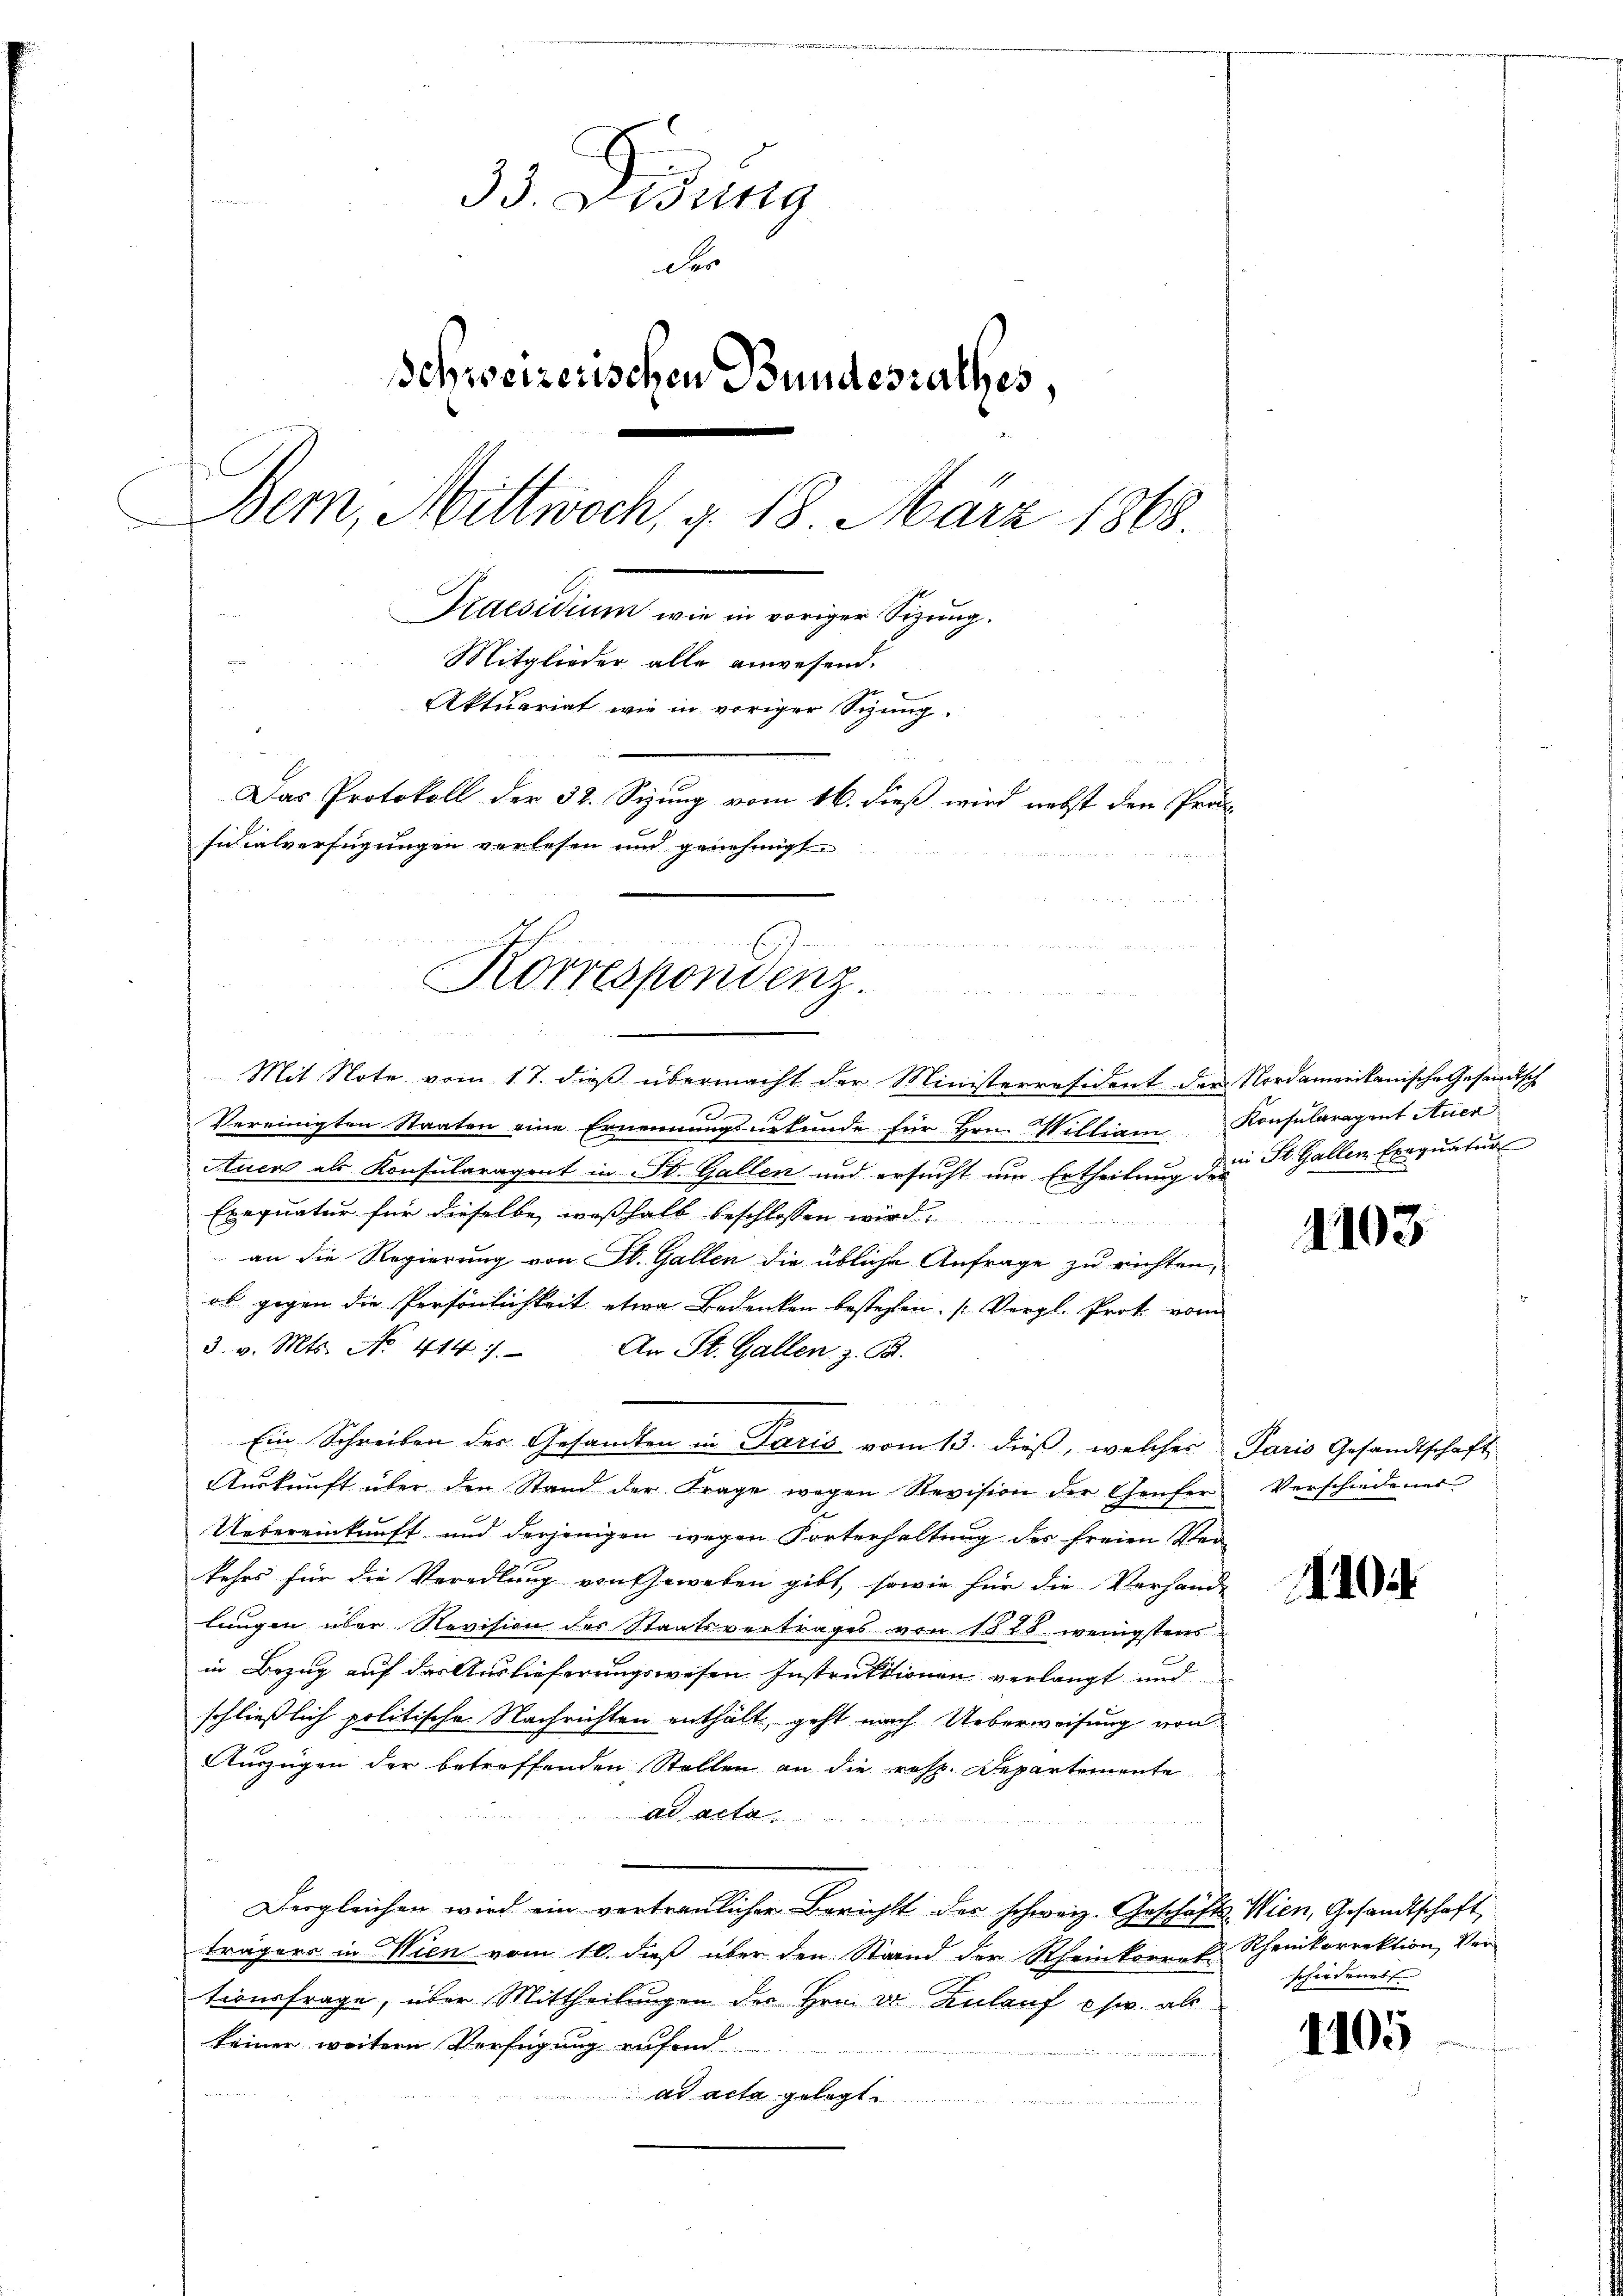
33. Didung
der
schweizerischen Bundesrathes,
Bem, Mittwoch, u. 18. März 1868.
Kaesidium wie in voriger Sizung.
Mitglieder alle anwesend.
Aktuariat wie in voriger Sitzung.
Das Protokoll der 32. Sizung vom 16. dieß wird nebst den Präs
sidialverfügungen verlesen und genehmigt.

Mit Note vom 17. dieß übermacht der Ministerresident der Nordamerikanische Gesandtsch
Vereinigten Staaten eine Ernennungsurkunde für Hrn. William Konsularagent Aner
Auer als Konsularagent in St. Gallen und ersucht um Ertheilung der St. Gallen Exequatur
Exequatur für dieselbe, wesshalb beschlossen wird.
an die Regierung von St. Gallen die übliche Anfrage zu richten,
ob gegen die Persönlichkeit etwa Bedenken bestehen. (Vergl. Prot vom
3. v. Mts. No. 414.) An St. Gallen z. B.

Ein Schreiben des Gesandten in Paris vom 13. dieß, welcher Paris Gesandtschaft
Aŭskŭnft über den Stand der Frage wegen Revision der Genfer Verschiedener
Uebereinkunft und derjenigen wegen Korterhaltung der freien Verkehrs für die Veradlung von Geweben gibt, sowie für die Vorhande
lungen über Revision des Staatsvertrages von 1878 wenigsters
in Bezug auf das Auslieferungswesen Instruktionen verlangt und
schließlich politische Nachrichten enthält, geht nach Ueberweisung von
Auszügen der betreffenden Stellen an die resp. Departemente
ad acte

Dergleichen wird ein vertraulicher Bericht der schweiz. Geschäfts-Wien, Gesandtschaft,
trägers in Wien vom 10. daß über den Stand der Rheinkorres Rheinkorrektion, Vertionsfrage, über Mittheilungen der Hrn. Dr. Zulauf chw. als
keiner weitern Verfügung aufend
ad acta gelegt

e
Korrespondenz.
u
5

1103

10

schiedener

1105